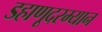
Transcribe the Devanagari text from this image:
डहाणूदरम्यान